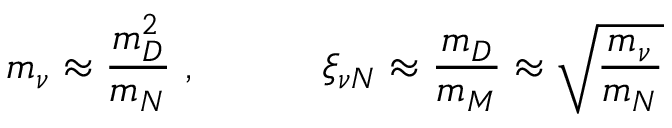
m _ { \nu } \approx \frac { m _ { D } ^ { 2 } } { m _ { N } } \ , \qquad \quad \xi _ { \nu N } \approx \frac { m _ { D } } { m _ { M } } \approx \sqrt { \frac { m _ { \nu } } { m _ { N } } }